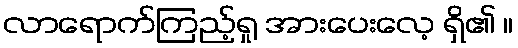
လာရောက်ကြည့်ရှု အားပေးလေ့ ရှိ၏ ။